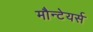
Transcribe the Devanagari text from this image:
मौन्टेयर्स